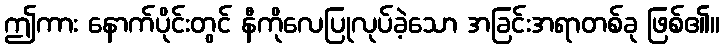
ဤကား နောက်ပိုင်းတွင် နီကိုလေပြုလုပ်ခဲ့သော အခြင်းအရာတစ်ခု ဖြစ်၏။